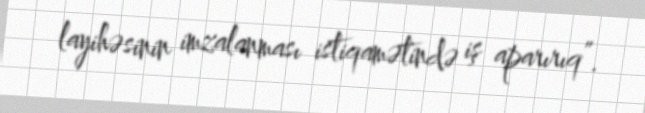
layihəsinin imzalanması istiqamətində iş aparırıq”.